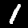
Digit: 1